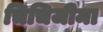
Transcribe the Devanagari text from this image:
चिचिजीमा